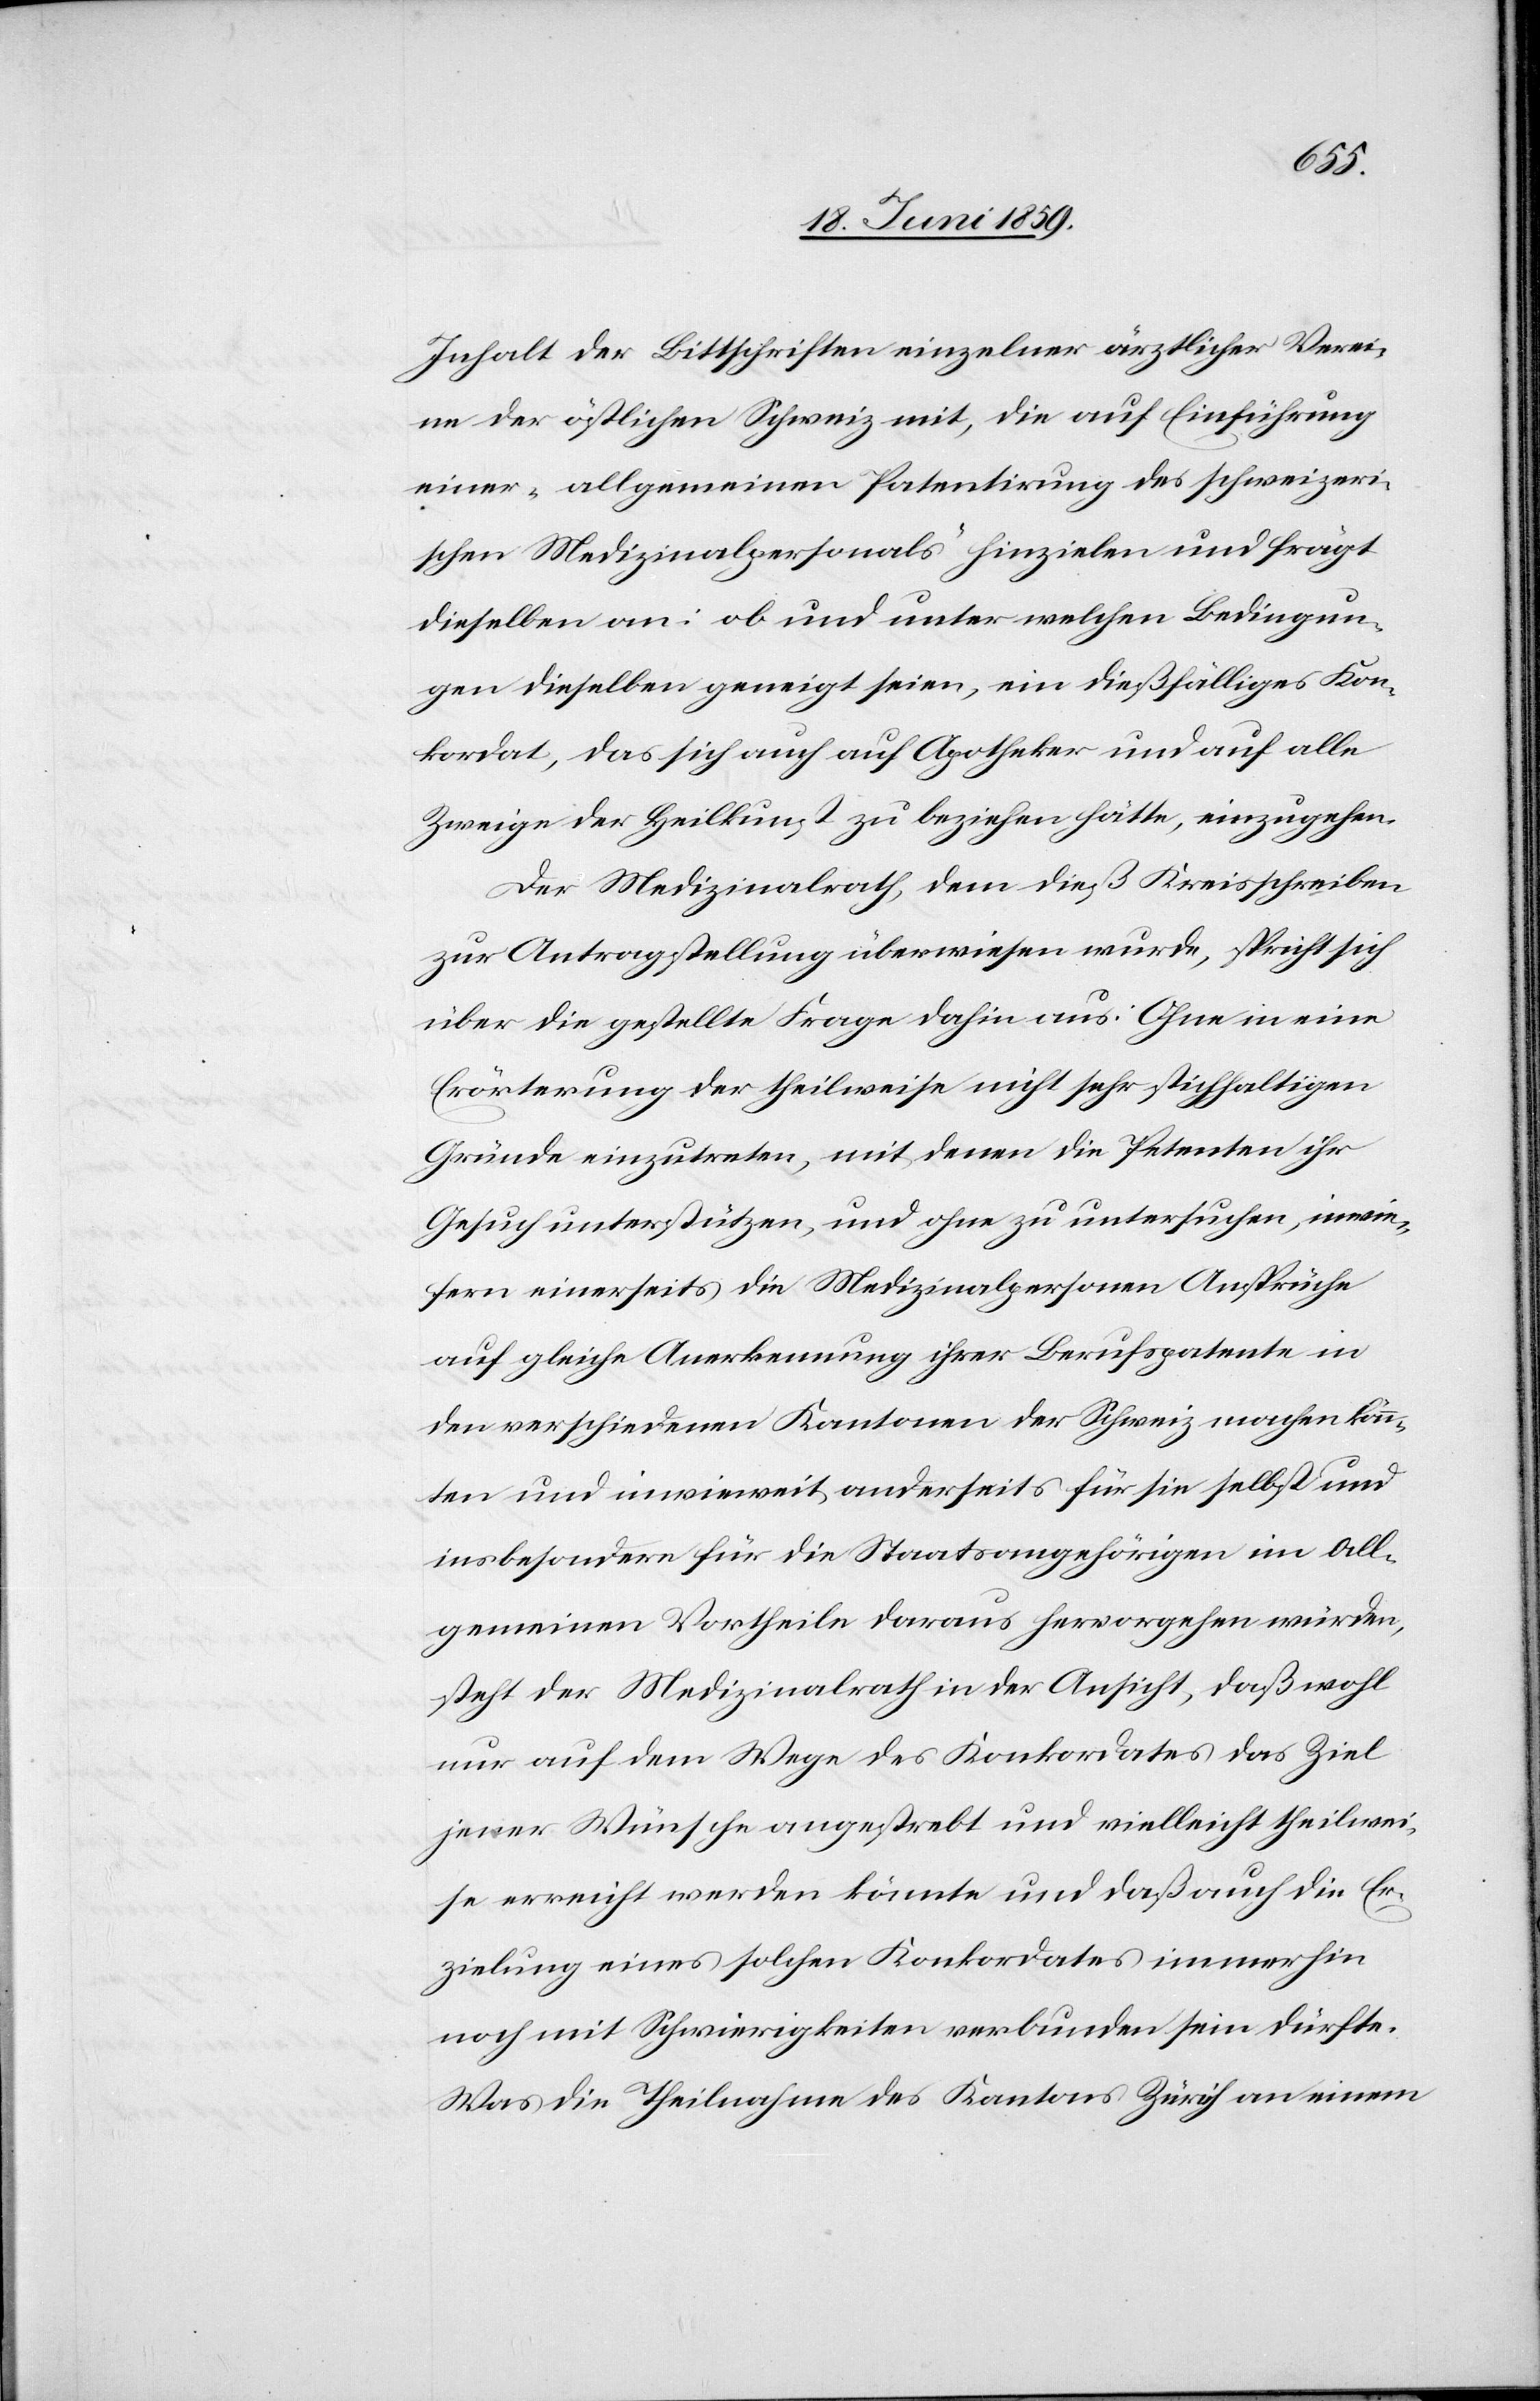
Inhalt der Bittschriften einzelner ärztlicher Verei¬
ne der östlichen Schweiz mit, die auf Einführung
einer „allgemeinen Patentirung des schweizeri¬
schen Medizinalpersonals“ hinzielen und frägt
dieselben an: ob und unter welchen Bedingun¬
gen dieselben geneigt seien, ein dießfälliges Kon¬
kordat, das sich auch auf Apotheker und auf alle
Zweige der Heilkunst zu beziehen hätte, einzugehen.
Der Medizinalrath, dem dieß Kreisschreiben
zur Antragstellung überwiesen wurde, spricht sich
über die gestellte Frage dahin aus: Ohne in eine
Erörterung der theilweise nicht sehr stichhaltigen
Gründe einzutreten, mit denen die Petenten ihr
Gesuch unterstützen, und ohne zu untersuchen, inwie¬
fern einerseits die Medizinalpersonen Ansprüche
auf gleiche Anerkennung ihrer Berufspatente in
den verschiedenen Kantonen der Schweiz machen könn¬
ten und inwieweit anderseits für sie selbst und
insbesondere für die Staatsangehörigen im All¬
gemeinen Vortheile daraus hervorgehen würden,
steht der Medizinalrath in der Ansicht, daß wohl
nur auf dem Wege des Konkordates das Ziel
jener Wünsche angestrebt und vielleicht theilwei¬
se erreicht werden könnte und daß auch die Er¬
zielung eines solchen Konkordates immerhin
noch mit Schwierigkeiten verbunden sein dürfte.
Was die Theilnahme des Kantons Zürich an einem